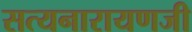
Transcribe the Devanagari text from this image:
सत्यनारायणजी